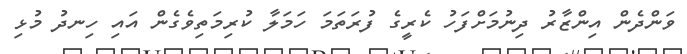
ވަންދެން އިންޒާރު ދިނުމަށްފަހު ކެރީގެ ފުރަތަމަ ހަމަލާ ކުރިމަތިވެގެން އައި ހިނދު މުޅި